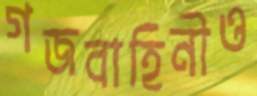
গজবাহিনীও